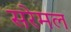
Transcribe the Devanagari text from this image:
सरेमल